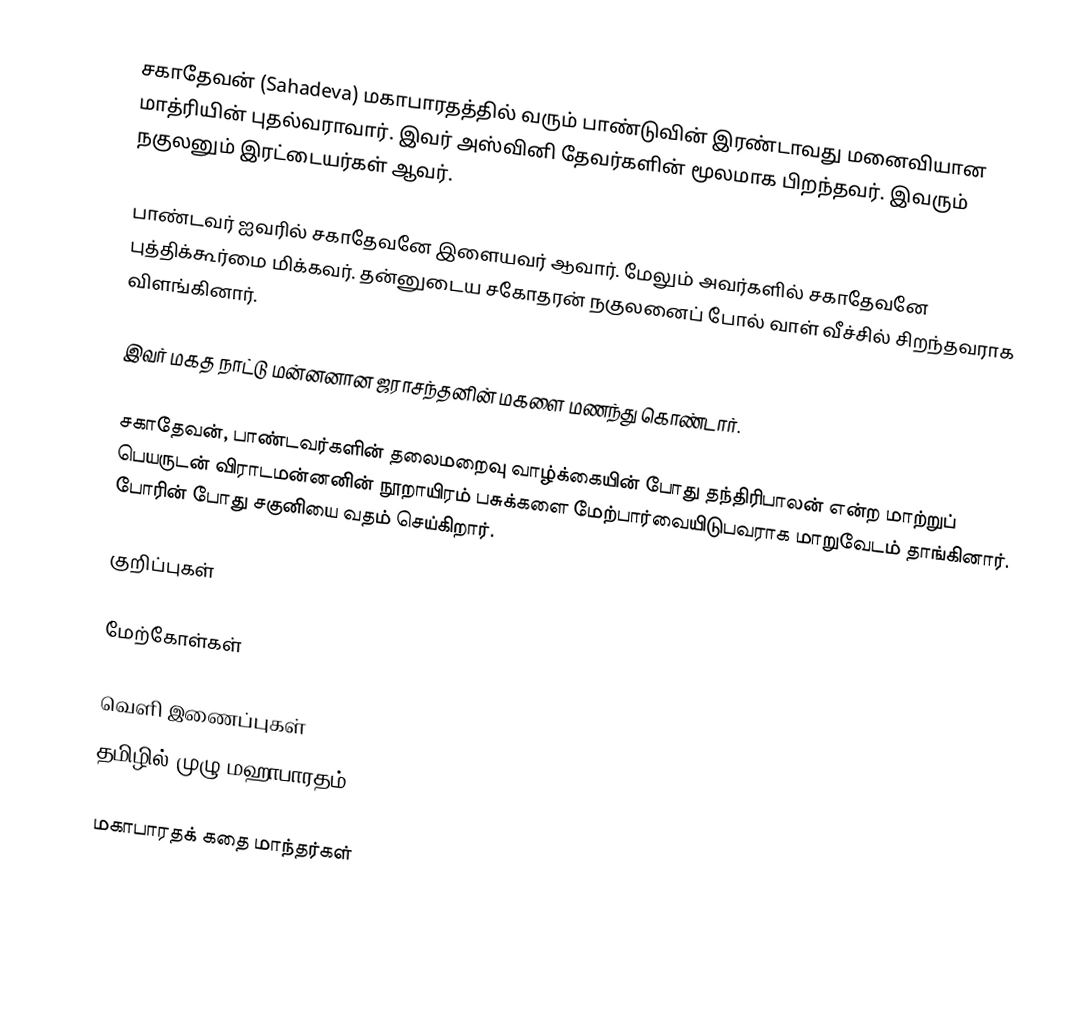
சகாதேவன் (Sahadeva) மகாபாரதத்தில் வரும் பாண்டுவின் இரண்டாவது மனைவியான மாத்ரியின் புதல்வராவார். இவர் அஸ்வினி தேவர்களின் மூலமாக பிறந்தவர். இவரும் நகுலனும் இரட்டையர்கள் ஆவர்.

பாண்டவர் ஐவரில் சகாதேவனே இளையவர் ஆவார். மேலும் அவர்களில் சகாதேவனே புத்திக்கூர்மை மிக்கவர். தன்னுடைய சகோதரன் நகுலனைப் போல் வாள் வீச்சில் சிறந்தவராக விளங்கினார்.

இவர் மகத நாட்டு மன்னனான ஜராசந்தனின் மகளை  மணந்து கொண்டார்.

சகாதேவன், பாண்டவர்களின் தலைமறைவு வாழ்க்கையின் போது தந்திரிபாலன் என்ற மாற்றுப் பெயருடன்  விராடமன்னனின் நூறாயிரம் பசுக்களை மேற்பார்வையிடுபவராக மாறுவேடம் தாங்கினார். போரின் போது சகுனியை வதம் செய்கிறார்.

குறிப்புகள்

மேற்கோள்கள்

வெளி இணைப்புகள்
 தமிழில் முழு மஹாபாரதம்

மகாபாரதக் கதை மாந்தர்கள்